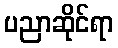
ပညာဆိုင်ရာ